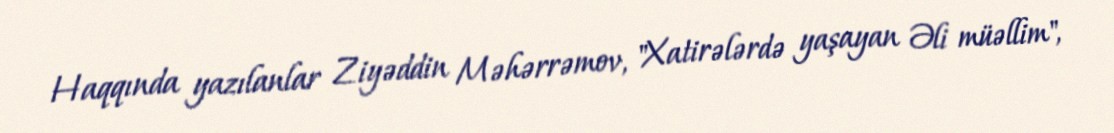
Haqqında yazılanlar Ziyəddin Məhərrəmov, "Xatirələrdə yaşayan Əli müəllim",